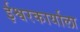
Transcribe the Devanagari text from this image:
ईश्वरकार्याला